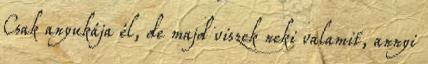
Csak anyukája él, de majd viszek neki valamit, annyi